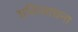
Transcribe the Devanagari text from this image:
शक्तिसाधना